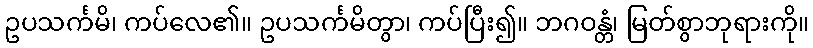
ဥပသင်္ကမိ၊ ကပ်လေ၏။ ဥပသင်္ကမိတွာ၊ ကပ်ပြီး၍။ ဘဂဝန္တံ၊ မြတ်စွာဘုရားကို။